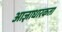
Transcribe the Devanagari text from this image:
आज्ञाधारकता